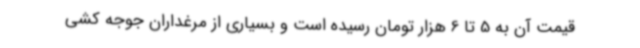
قیمت آن به 5 تا 6 هزار تومان رسیده است و بسیاری از مرغداران جوجه کشی